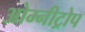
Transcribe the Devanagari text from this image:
ओम्नीट्रोप